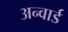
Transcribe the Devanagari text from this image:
अन्वार्ड